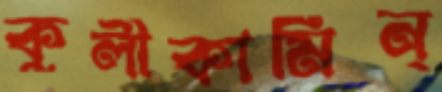
কুলীকামিন্‌